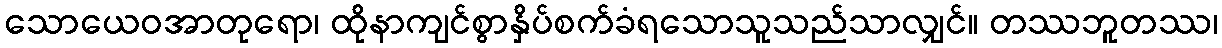
သောယေဝအာတုရော၊ ထိုနာကျင်စွာနှိပ်စက်ခံရသောသူသည်သာလျှင်။ တဿဘူတဿ၊